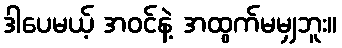
ဒါပေမယ့် အဝင်နဲ့ အထွက်မမျှဘူး။